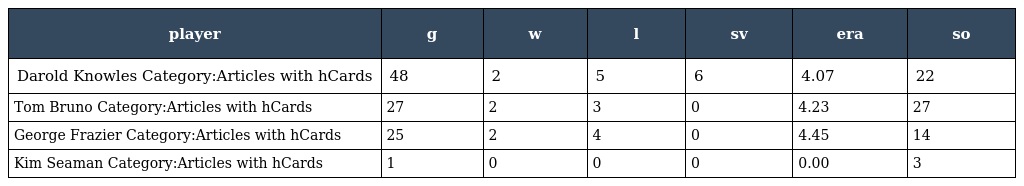
| player | g | w | l | sv | era | so |
 | --- | --- | --- | --- | --- | --- | --- |
 | Darold Knowles Category:Articles with hCards | 48 | 2 | 5 | 6 | 4.07 | 22 |
 | Tom Bruno Category:Articles with hCards | 27 | 2 | 3 | 0 | 4.23 | 27 |
 | George Frazier Category:Articles with hCards | 25 | 2 | 4 | 0 | 4.45 | 14 |
 | Kim Seaman Category:Articles with hCards | 1 | 0 | 0 | 0 | 0.00 | 3 |